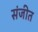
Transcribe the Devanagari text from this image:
संजीत